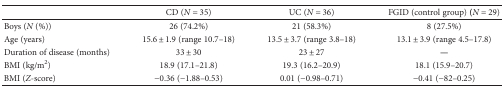
|  | CD (N = 35) | UC (N = 36) | FGID (control group) (N = 29) |
 | --- | --- | --- | --- |
 | Boys (N (%)) | 26 (74.2%) | 21 (58.3%) | 8 (27.5%) |
 | Age (years) | 15.6 ± 1.9 (range 10.7–18) | 13.5 ± 3.7 (range 3.8–18) | 13.1 ± 3.9 (range 4.5–17.8) |
 | Duration of disease (months) | 33 ± 30 | 23 ± 27 | — |
 | BMI (kg/m2) | 18.9 (17.1–21.8) | 19.3 (16.2–20.9) | 18.1 (15.9–20.7) |
 | BMI (Z-score) | −0.36 (−1.88–0.53) | 0.01 (−0.98–0.71) | −0.41 (−82–0.25) |